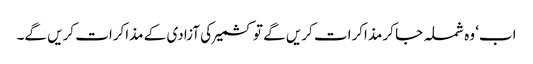
اب‘ وہ شملہ جا کر مذاکرات کریں گے تو کشمیر کی آزادی کے مذاکرات کریں گے۔